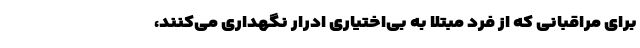
برای مراقبانی که از فرد مبتلا به بی‌اختیاری ادرار نگهداری می‌کنند،